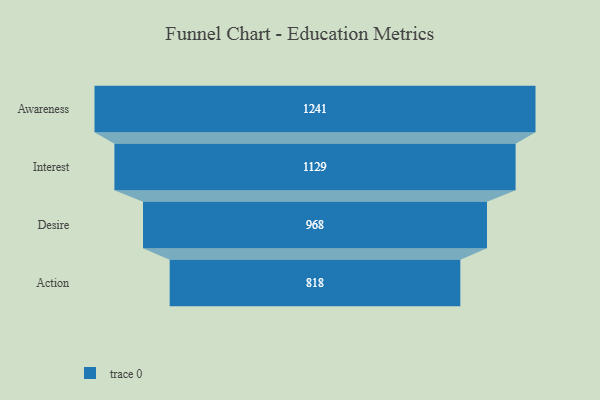
{"axis": {"x": "Stage", "y": "Value"}, "legend": [""], "data": [{"x": "Awareness", "y": 1241.0, "type": ""}, {"x": "Interest", "y": 1129.0, "type": ""}, {"x": "Desire", "y": 968.0, "type": ""}, {"x": "Action", "y": 818.0, "type": ""}]}